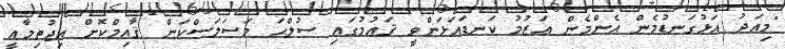
"މިއަދު އަޅުގަނޑުމެން އެންމެން ޢަޒުމު ކަނޑައަޅަންވީ ޤައުމުގައި ޞުލްޙަ މަސަލަސްކަން ޤާއިމްކޮށް އިޖުތިމާޢީ